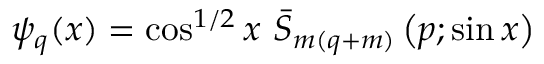
\psi _ { q } ( x ) = \cos ^ { 1 / 2 } x \ \bar { S } _ { m ( q + m ) } \left( p ; \sin x \right)